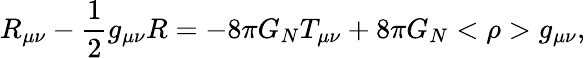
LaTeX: R_{\mu\nu}-{\frac{1}{2}}g_{\mu\nu}R=-8\pi G_{N}T_{\mu\nu}+8\pi G_{N}<\rho>g_{\mu\nu},